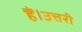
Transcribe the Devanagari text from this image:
हैं।उत्तरी